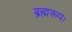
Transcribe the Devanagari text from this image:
ब्रह्मरूपः